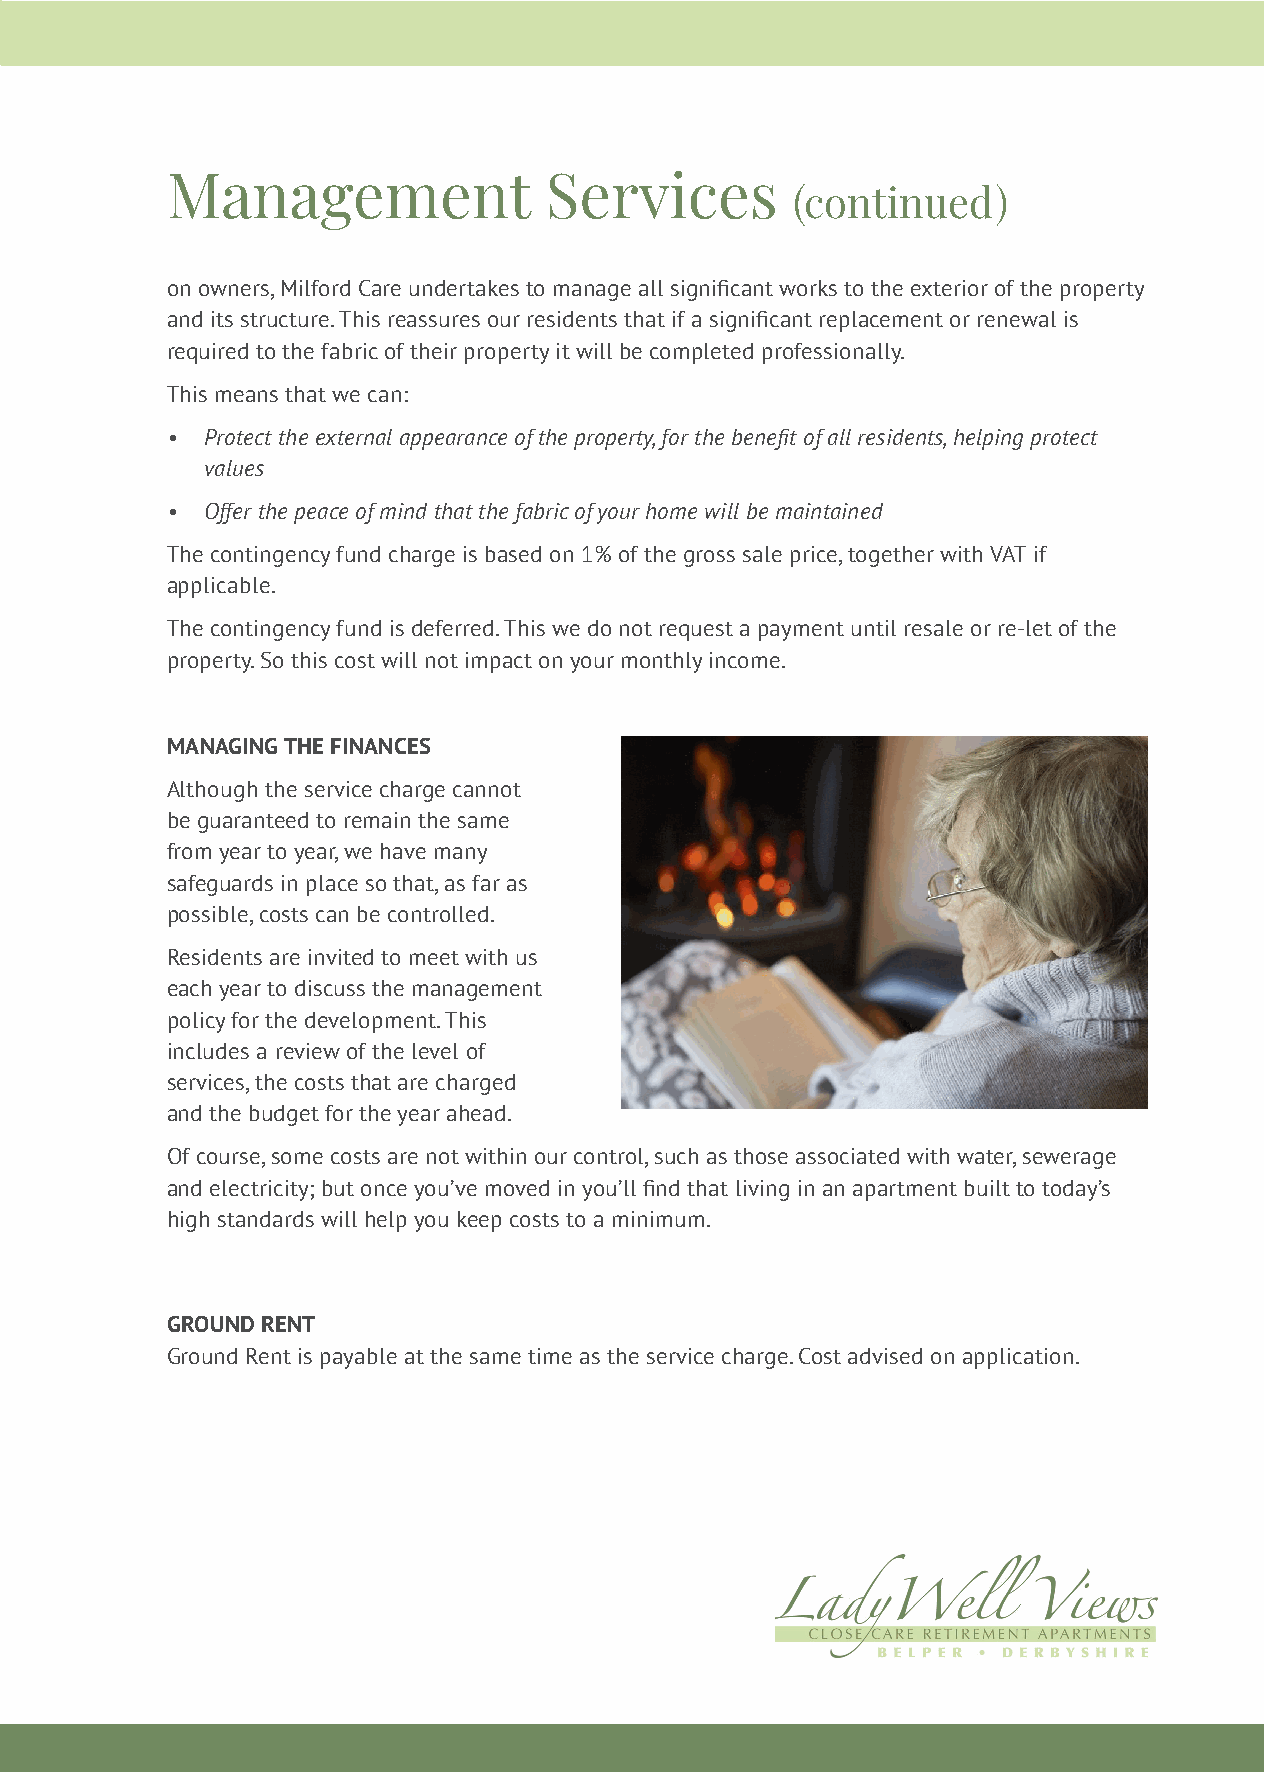
Management               Services
 (continued)
 on owners, Milford Care undertakes to manage all significant works to the exterior of the property
 and its structure. This reassures our residents that if a significant replacement or renewal is
 required to the fabric of their property it will be completed professionally.
 This means that we can:
 •  Protect the external appearance of the property, for the benefit of all residents, helping protect
 values
 •  Offer the peace of mind that the fabric of your home will be maintained
 The contingency fund charge is based on 1% of the gross sale price, together with VAT if
 applicable.
 The contingency fund is deferred. This we do not request a payment until resale or re-let of the
 property. So this cost will not impact on your monthly income.
 MANAGING THE FINANCES
 Although the service charge cannot
 be guaranteed to remain the same
 from year to year, we have many
 safeguards in place so that, as far as
 possible, costs can be controlled.
 Residents are invited to meet with us
 each year to discuss the management
 policy for the development. This
 includes a review of the level of
 services, the costs that are charged
 and the budget for the year ahead.
 Of course, some costs are not within our control, such as those associated with water, sewerage
 and electricity; but once you’ve moved in you’ll find that living in an apartment built to today’s
 high standards will help you keep costs to a minimum.
 GROUND RENT
 Ground Rent is payable at the same time as the service charge. Cost advised on application.